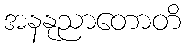
အနနုညာတောတိ